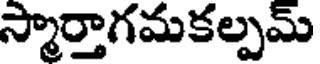
స్మార్తాగమకల్పమ్